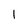
Character: l